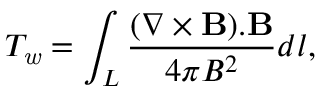
T _ { \mathit { w } } = \displaystyle \int _ { L } \frac { ( \nabla \times \bf { B } ) . \bf { B } } { 4 \pi B ^ { 2 } } d l ,